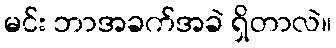
မင်း ဘာအခက်အခဲ ရှိတာလဲ။